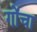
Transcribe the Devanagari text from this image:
गोंचा